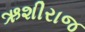
ઋશીરાજ